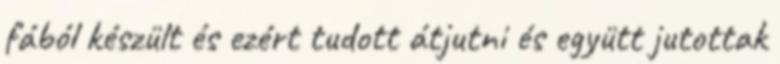
fából készült és ezért tudott átjutni és együtt jutottak